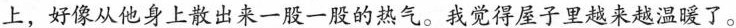
上，好像从他身上散出来一股一股的热气。我觉得屋子里越来越温暖了。